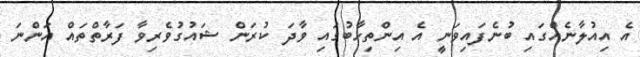
އެ އިއުލާނެއްގައި ބުނެފައިވަނީ އެ އިންތިހާބުގައި ވާދަ ކުރަން ޝައުގުވެރިވާ ފަރާތްތައް އަންނަ